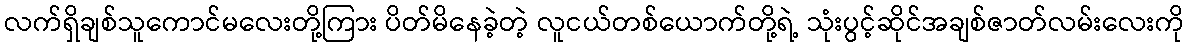
လက်ရှိချစ်သူကောင်မလေးတို့ကြား ပိတ်မိနေခဲ့တဲ့ လူငယ်တစ်ယောက်တို့ရဲ့ သုံးပွင့်ဆိုင်အချစ်ဇာတ်လမ်းလေးကို